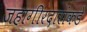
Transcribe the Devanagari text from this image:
जहागीरदारांकडे